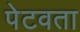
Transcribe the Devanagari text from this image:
पेटवता